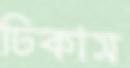
ঢিকাস